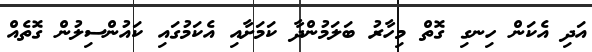
އަދި އެކަން ހިނގި ގޮތް މިހާރު ބަލަމުންދާ ކަމަށާއި އެކަމުގައި ކައުންސިލުން ގޮތެއް